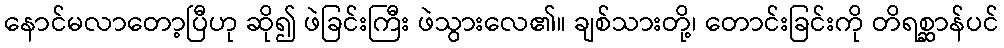
နောင်မလာတော့ပြီဟု ဆို၍ ဖဲခြင်းကြီး ဖဲသွားလေ၏။ ချစ်သားတို့၊ တောင်းခြင်းကို တိရစ္ဆာန်ပင်